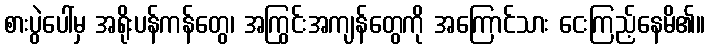
စားပွဲပေါ်မှ အရိုးပန်ကန်တွေ၊ အကြွင်းအကျန်တွေကို အကြောင်သား ငေးကြည့်နေမိ၏။